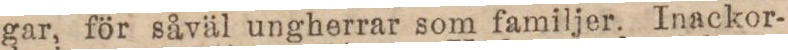
gar, för såväl ungherrar som familjer. Inackor-